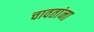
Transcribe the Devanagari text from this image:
चावतांना